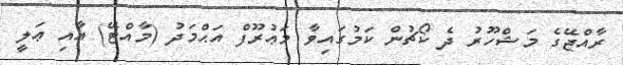
ރާއްޖޭގެ މަޝްހޫރު ދެ ކޯޗުން ކަމުގައިވާ މަޢުރޫފް އަޙްމަދު (މާއްޓޭ) އާއި ޢަލީ